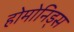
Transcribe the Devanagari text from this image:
होमोनिड्स